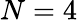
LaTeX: N=4